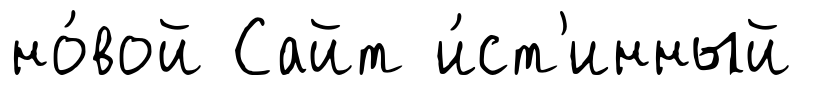
но́вой Сайт и́ст'инный